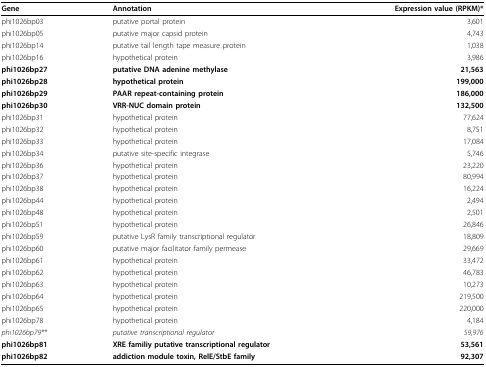
<table><thead><tr><td><b>Gene</b></td><td><b>Annotation</b></td><td><b>Expression value (RPKM)*</b></td></tr></thead><tbody><tr><td>phi1026bp03</td><td>putative portal protein</td><td>3,601</td></tr><tr><td>phi1026bp05</td><td>putative major capsid protein</td><td>4,743</td></tr><tr><td>phi1026bp14</td><td>putative tail length tape measure protein</td><td>1,038</td></tr><tr><td>phi1026bp16</td><td>hypothetical protein</td><td>3,986</td></tr><tr><td><b>phi1026bp27</b></td><td><b>putative DNA adenine methylase</b></td><td><b>21,563</b></td></tr><tr><td><b>phi1026bp28</b></td><td><b>hypothetical protein</b></td><td><b>199,000</b></td></tr><tr><td><b>phi1026bp29</b></td><td><b>PAAR repeat-containing protein</b></td><td><b>186,000</b></td></tr><tr><td><b>phi1026bp30</b></td><td><b>VRR-NUC domain protein</b></td><td><b>132,500</b></td></tr><tr><td>phi1026bp31</td><td>hypothetical protein</td><td>77,624</td></tr><tr><td>phi1026bp32</td><td>hypothetical protein</td><td>8,751</td></tr><tr><td>phi1026bp33</td><td>hypothetical protein</td><td>17,084</td></tr><tr><td>phi1026bp34</td><td>putative site-specific integrase</td><td>5,746</td></tr><tr><td>phi1026bp36</td><td>hypothetical protein</td><td>23,220</td></tr><tr><td>phi1026bp37</td><td>hypothetical protein</td><td>80,994</td></tr><tr><td>phi1026bp38</td><td>hypothetical protein</td><td>16,224</td></tr><tr><td>phi1026bp44</td><td>hypothetical protein</td><td>2,494</td></tr><tr><td>phi1026bp48</td><td>hypothetical protein</td><td>2,501</td></tr><tr><td>phi1026bp51</td><td>hypothetical protein</td><td>26,846</td></tr><tr><td>phi1026bp59</td><td>putative LysR family transcriptional regulator</td><td>18,809</td></tr><tr><td>phi1026bp60</td><td>putative major facilitator family permease</td><td>29,669</td></tr><tr><td>phi1026bp61</td><td>hypothetical protein</td><td>33,472</td></tr><tr><td>phi1026bp62</td><td>hypothetical protein</td><td>46,783</td></tr><tr><td>phi1026bp63</td><td>hypothetical protein</td><td>10,273</td></tr><tr><td>phi1026bp64</td><td>hypothetical protein</td><td>219,500</td></tr><tr><td>phi1026bp65</td><td>hypothetical protein</td><td>220,000</td></tr><tr><td>phi1026bp78</td><td>hypothetical protein</td><td>4,184</td></tr><tr><td><i>phi1026bp79**</i></td><td><i>putative transcriptional regulator</i></td><td><i>59,976</i></td></tr><tr><td><b>phi1026bp81</b></td><td><b>XRE familiy putative transcriptional regulator</b></td><td><b>53,561</b></td></tr><tr><td><b>phi1026bp82</b></td><td><b>addiction module toxin, RelE/StbE family</b></td><td><b>92,307</b></td></tr></tbody></table>